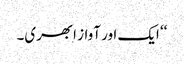
‘‘ ایک اور آواز ابھری۔